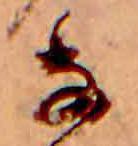
な